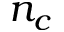
n _ { c }